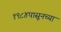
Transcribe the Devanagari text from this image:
१९८४पासूनच्या